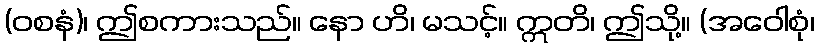
(ဝစနံ)၊ ဤစကားသည်။ နော ဟိ၊ မသင့်။ ဣတိ၊ ဤသို့။ (အဝေါစုံ၊